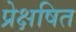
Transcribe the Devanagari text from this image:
प्रेक्षषित